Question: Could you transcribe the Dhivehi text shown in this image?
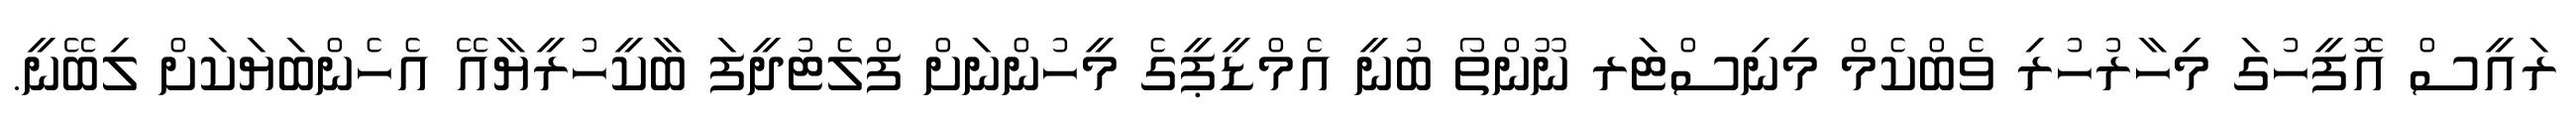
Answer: ރައީސް އޮފީހުގަ މިހާރުހުރި ވެބްކެމް މިނިސްޓަރ ނޫންތޯ ބުނީ އެމްޑީޕީގެ މީހުންނަށް ފްލެޓުދީފަ ބާކީހުރީޔާއޭ އެހެންބަޔަކަށް ލިބޭނީ.